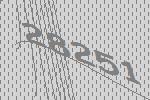
28251